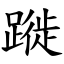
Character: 蹝